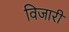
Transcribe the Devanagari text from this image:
विजारी